Oriental or Dehli sore - Number 13
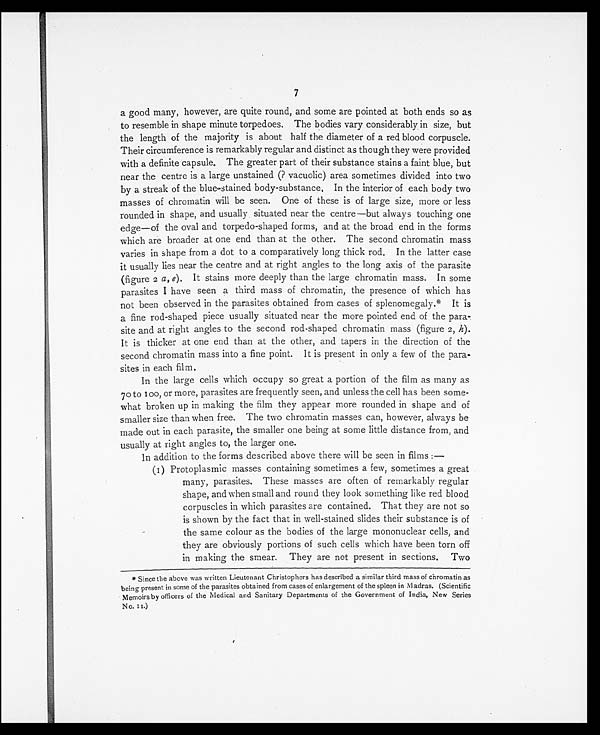
7
a good many, however, are quite round, and some are pointed at both ends so as
to resemble in shape minute torpedoes. The bodies vary considerably in size, but
the length of the majority is about half the diameter of a red blood corpuscle.
Their circumference is remarkably regular and distinct as though they were provided
with a definite capsule. The greater part of their substance stains a faint blue, but
near the centre is a large unstained (? vacuolic) area sometimes divided into two
by a streak of the blue-stained body-substance. In the interior of each body two
masses of chromatin will be seen. One of these is of large size, more or less
rounded in shape, and usually situated near the centre—but always touching one
edge—of the oval and torpedo-shaped forms, and at the broad end in the forms
which are broader at one end than at the other. The second chromatin mass
varies in shape from a dot to a comparatively long thick rod. In the latter case
it usually lies near the centre and at right angles to the long axis of the parasite
(figure 2 a , e). It stains more deeply than the large chromatin mass. In some
parasites I have seen a third mass of chromatin, the presence of which has
not been observed in the parasites obtained from cases of splenomegaly.* It is
a fine rod-shaped piece usually situated near the more pointed end of the para-
site and at right angles to the second rod-shaped chromatin mass (figure 2, h).
It is thicker at one end than at the other, and tapers in the direction of the
second chromatin mass into a fine point. It is present in only a few of the para-
sites in each film.
In the large cells which occupy so great a portion of the film as many as
70 to 100, or more, parasites are frequently seen, and unless the cell has been some-
what broken up in making the film they appear more rounded in shape and of
smaller size than when free. The two chromatin masses can, however, always be
made out in each parasite, the smaller one being at some little distance from, and
usually at right angles to, the larger one.
In addition to the forms described above there will be seen in films :—
(1) Protoplasmic masses containing sometimes a few, sometimes a great
many, parasites. These masses are often of remarkably regular
shape, and when small and round they look something like red blood
corpuscles in which parasites are contained. That they are not so
is shown by the fact that in well-stained slides their substance is of
the same colour as the bodies of the large mononuclear cells, and
they are obviously portions of such cells which have been torn off
in making the smear. They are not present in sections. Two
* Since the above was written Lieutenant Christophers has described a similar third mass of chromatin as
being present in some of the parasites obtained from cases of enlargement of the spleen in Madras. (Scientific
Memoirs by officers of the Medical and Sanitary Departments of the Government of India, New Series
No. 11.)